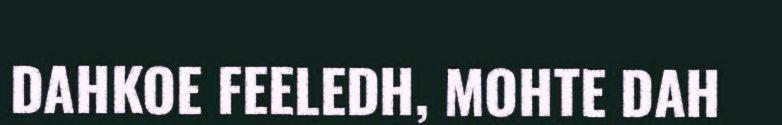
DAHKOE FEELEDH, MOHTE DAH